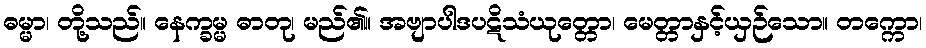
ဓမ္မာ၊ တို့သည်။ နေက္ခမ္မ ဓာတု၊ မည်၏။ အဗျာပါဒပဋိသံယုတ္တော၊ မေတ္တာနှင့်ယှဉ်သော။ တက္ကော၊